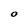
Character: O